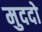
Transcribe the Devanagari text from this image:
मुददो